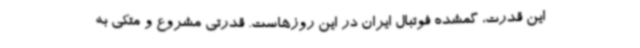
این قدرت، گمشده فوتبال ایران در این روزهاست. قدرتی مشروع و متکی به